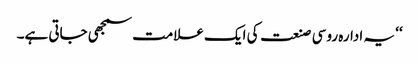
‘‘ یہ ادارہ روسی صنعت کی ایک علامت سمجھی جاتی ہے۔